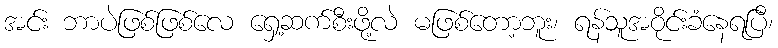
အင်း ဘာပဲဖြစ်ဖြစ်လေ ရှေ့ဆက်စီးဖို့လဲ မဖြစ်တော့ဘူး၊ ရန်သူအဝိုင်းခံနေရပြီ၊